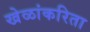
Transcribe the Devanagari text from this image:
खेळांकरिता